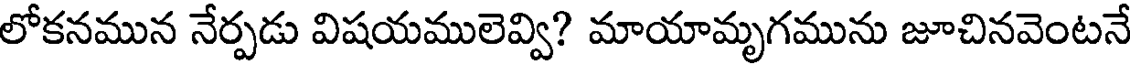
లోకనమున నేర్పడు విషయములెవ్వి? మాయామృగమును జూచినవెంటనే